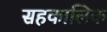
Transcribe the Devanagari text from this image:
सहकालिक